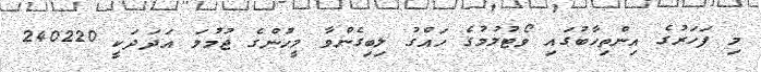
މި ފަހަރުގެ އިންތިހާބުގައި ވޯޓުލުމުގެ ހައްގު ލިބިގެންވާ މީހުންގެ ޖުމުލަ އަދަދަކީ 240220